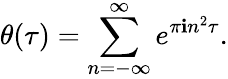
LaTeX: \theta(\tau)=\sum_{n=-\infty}^{\infty}e^{\pi\mathbf{i}n^{2}\tau}.